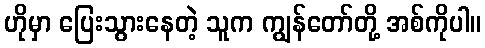
ဟိုမှာ ပြေးသွားနေတဲ့ သူက ကျွန်တော်တို့ အစ်ကိုပါ။